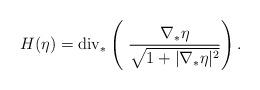
LaTeX: \begin{align*}H(\eta)= \mathrm{div}_* \left(\ \frac{\nabla_* \eta}{\sqrt{1+|\nabla_* \eta|^2}}\right).\end{align*}